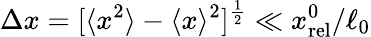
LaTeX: \Delta x=[\langle x^{2}\rangle-\langle x\rangle^{2}]^{\frac{1}{2}}\ll x_{\mathrm{rel}}^{0}/\ell_{0}